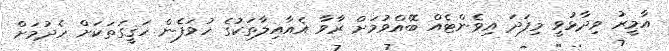
އާމީރު ވިދާޅުވީ މިފަދަ އިވެންޓެއް ބޭއްވުމަށް ރާވާ އެއާއިލާތަކުގެ ހުވަފެން ހަޤީގަތަކަށް ހެދުމަށް